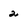
Character: 2